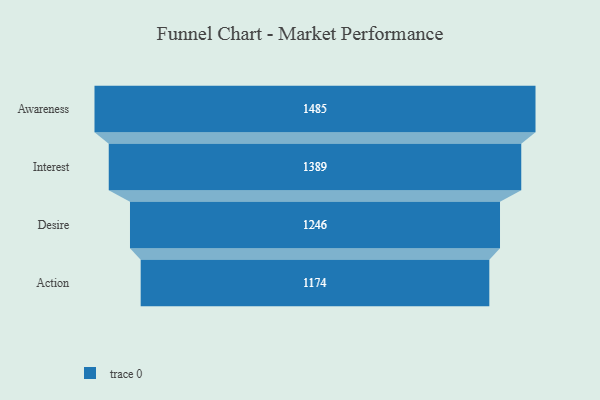
{"axis": {"x": "Stage", "y": "Value"}, "legend": [""], "data": [{"x": "Awareness", "y": 1485.0, "type": ""}, {"x": "Interest", "y": 1389.0, "type": ""}, {"x": "Desire", "y": 1246.0, "type": ""}, {"x": "Action", "y": 1174.0, "type": ""}]}